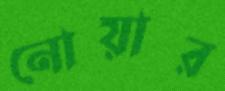
নোয়ার